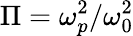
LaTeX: \Pi=\omega_{p}^{2}/\omega_{0}^{2}